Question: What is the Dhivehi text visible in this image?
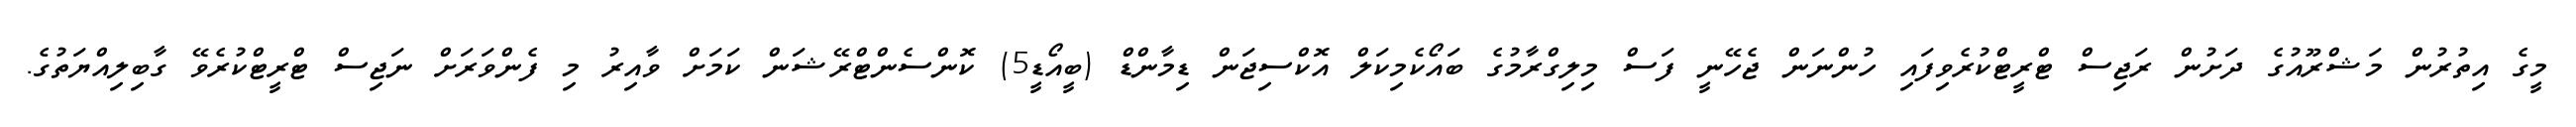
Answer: މީގެ އިތުރުން މަޝްރޫއުގެ ދަށުން ރަޖިސް ޓްރީޓްކުރެވިފައި ހުންނަން ޖެހޭނީ ފަސް މިލިގްރާމުގެ ބައޯކެމިކަލް އޮކްސިޖަން ޑިމާންޑް (ބީއޯޑީ5) ކޮންސެންޓްރޭޝަން ކަމަށް ވާއިރު މި ފެންވަރަށް ނަޖިސް ޓްރީޓްކުރެވޭ ގާބިލިއްޔަތުގެ.